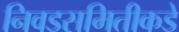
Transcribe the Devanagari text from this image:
निवडसमितीकडे